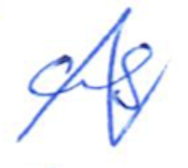
Text: as
Cross-out: zig-zag
Writing tool: ballpoint